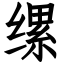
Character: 缧